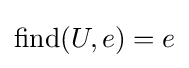
\mathrm {find} (U,e)=e